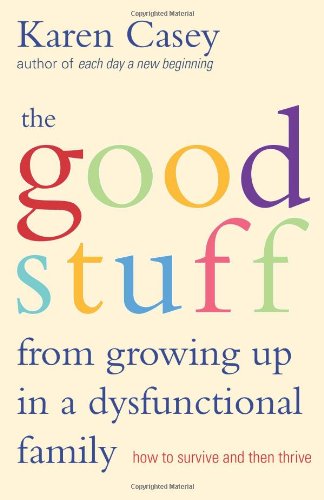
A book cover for The Good Stuff from Growing Up in a Dysfunctional Family: How to Survive and Then Thrive; Karen Casey; Parenting & Relationships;